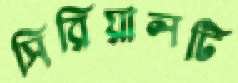
সিরিয়ালটি